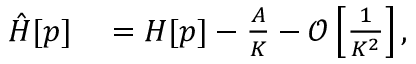
\begin{array} { r l } { \hat { H } [ p ] } & { { } = H [ p ] - \frac { A } { K } - \mathcal { O } \left[ \frac { 1 } { K ^ { 2 } } \right] , } \end{array}